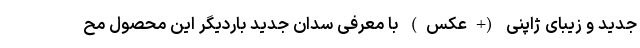
جدید و زیبای ژاپنی (+عکس) با معرفی سدان جدید باردیگر این محصول مح